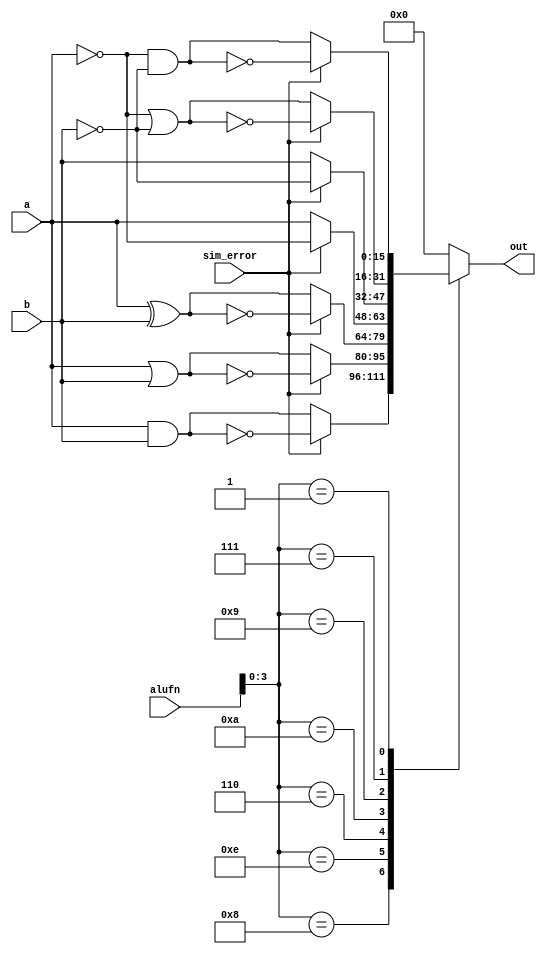
module boolean_16_9 (
    input [15:0] a,
    input [15:0] b,
    input [5:0] alufn,
    input [0:0] sim_error,
    output reg [15:0] out
  );
  
  
  
  always @* begin
    
    case (alufn[0+3-:4])
      4'h8: begin
        if (sim_error == 1'h0) begin
          out = a & b;
        end else begin
          out = ~(a & b);
        end
      end
      4'he: begin
        if (sim_error == 1'h0) begin
          out = a | b;
        end else begin
          out = ~(a | b);
        end
      end
      4'h6: begin
        if (sim_error == 1'h0) begin
          out = a ^ b;
        end else begin
          out = ~(a ^ b);
        end
      end
      4'ha: begin
        if (sim_error == 1'h0) begin
          out = a;
        end else begin
          out = ~a;
        end
      end
      4'h9: begin
        if (sim_error == 1'h0) begin
          out = b;
        end else begin
          out = ~b;
        end
      end
      4'h7: begin
        if (sim_error == 1'h0) begin
          out = ~a | ~b;
        end else begin
          out = ~(~a | ~b);
        end
      end
      4'h1: begin
        if (sim_error == 1'h0) begin
          out = ~a & ~b;
        end else begin
          out = ~(~a & ~b);
        end
      end
      default: begin
        out = 16'h0000;
      end
    endcase
  end
endmodule